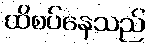
ထိစပ်နေသည်